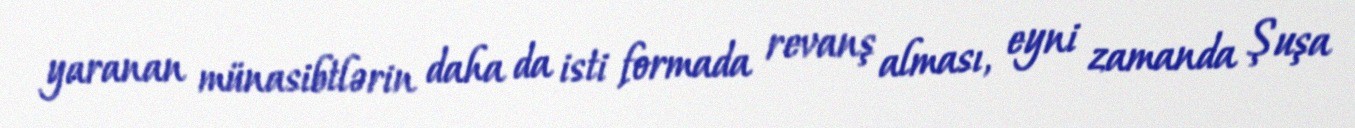
yaranan münasibtlərin daha da isti formada revanş alması, eyni zamanda Şuşa